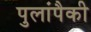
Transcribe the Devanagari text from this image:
पुलांपैकी